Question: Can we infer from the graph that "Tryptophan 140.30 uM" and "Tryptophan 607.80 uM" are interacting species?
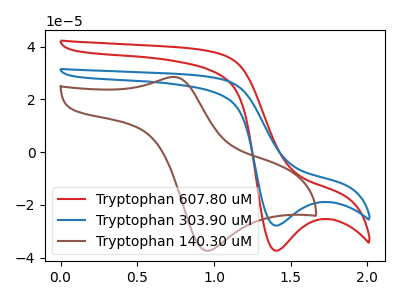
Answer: <think>The red curve "Tryptophan 607.80 uM" has a cathodic peak at: (1.40V, -37.40uA). The blue curve "Tryptophan 303.90 uM" has a cathodic peak at: (1.40V, -27.90uA). The brown curve "Tryptophan 140.30 uM" has an anodic peak at (0.75V, 28.50uA) and a cathodic peak at (0.95V, -37.40uA).
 "Tryptophan 140.30 uM" and "Tryptophan 607.80 uM" have a different number of peaks.</think>
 <answer>Yes, "Tryptophan 140.30 uM" and "Tryptophan 607.80 uM" are different in shape.</answer>
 <eval>yes_change</eval>